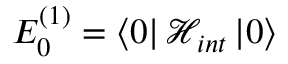
E _ { 0 } ^ { ( 1 ) } = \left\langle 0 \right| \mathcal { H } _ { i n t } \left| 0 \right\rangle